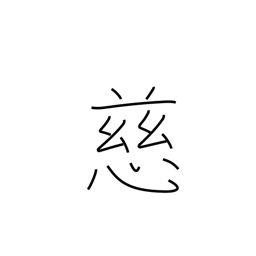
Meaning: mercy